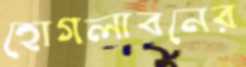
হোগলাবনের